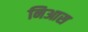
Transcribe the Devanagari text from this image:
निआस